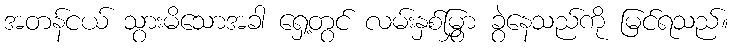
အတန်ငယ် သွားမိသောအခါ ရှေ့တွင် လမ်းနှစ်မြွှာ ခွဲနေသည်ကို မြင်ရသည်။